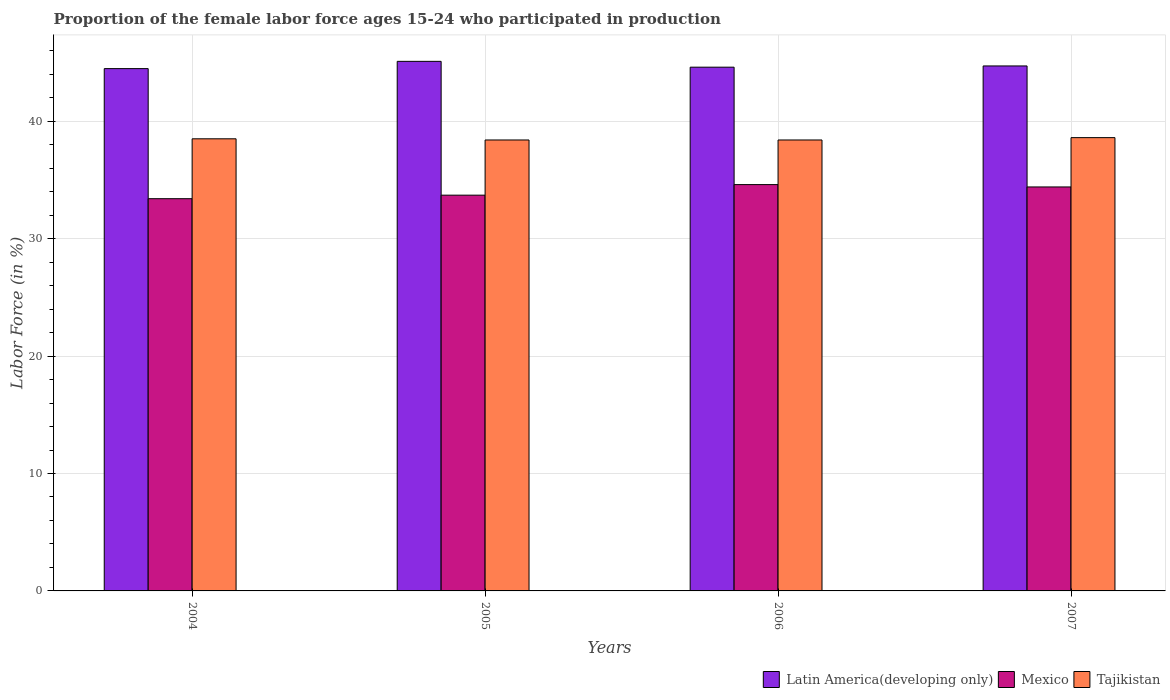
| Years | Latin America(developing only) | Mexico | Tajikistan |
 | --- | --- | --- | --- |
 | 2004 | 44.5 | 33.4 | 38.5 |
 | 2005 | 45.1 | 33.7 | 38.4 |
 | 2006 | 44.6 | 34.6 | 38.4 |
 | 2007 | 44.7 | 34.4 | 38.6 |